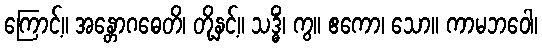
ကြောင့်။ အန္တောဂဓေတိ၊ တို့နှင့်။ သဒ္ဓိံ၊ ကွ။ ဧကော၊ သော။ ကာမဘဝေါ၊